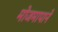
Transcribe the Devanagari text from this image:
मोजमापाने